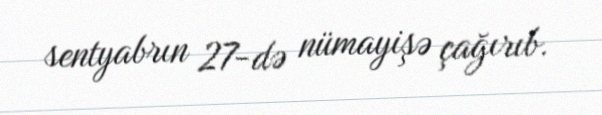
sentyabrın 27-də nümayişə çağırıb.